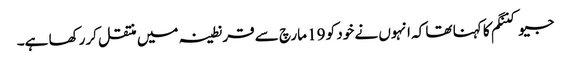
جیو کننگم کا کہنا تھا کہ انہوں نے خود کو 19 مارچ سے قرنطینہ میں منتقل کررکھا ہے۔